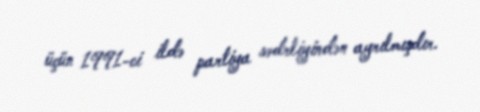
üçün 1991-ci ildə partiya sədrliyindən ayrılmışdır.